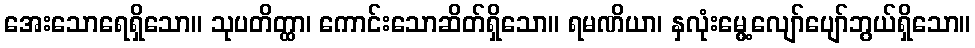
အေးသောရေရှိသော။ သုပတိတ္ထာ၊ ကောင်းသောဆိတ်ရှိသော။ ရမဏိယာ၊ နှလုံးမွေ့လျော်ပျော်ဘွယ်ရှိသော။